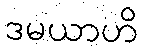
ဒမယာဟိ